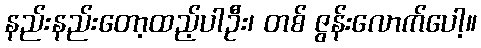
နည်းနည်းတော့ထည့်ပါဦး၊ တစ် ဇွန်းလောက်ပေါ့။